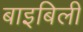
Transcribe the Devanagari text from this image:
बाइबिली